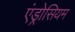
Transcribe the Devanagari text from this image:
एंड्रोसियम